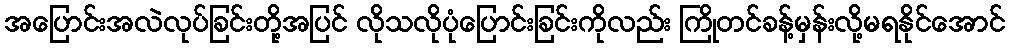
အပြောင်းအလဲလုပ်ခြင်းတို့အပြင် လိုသလိုပုံပြောင်းခြင်းကိုလည်း ကြိုတင်ခန့်မှန်းလို့မရနိုင်အောင်